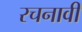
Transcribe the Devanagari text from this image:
रचनावी